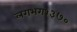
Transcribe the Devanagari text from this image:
लगभग१३७०